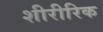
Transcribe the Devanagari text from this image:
शीरीरिक